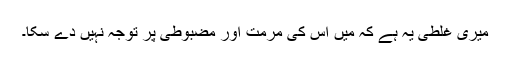
میری غلطی یہ ہے کہ میں اس کی مرمت اور مضبوطی پر توجہ نہیں دے سکا۔